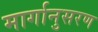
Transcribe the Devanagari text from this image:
मार्गानुसरण